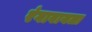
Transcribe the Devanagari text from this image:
रंगावायला